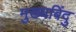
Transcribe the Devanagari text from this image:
मुख्यबिंदु